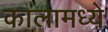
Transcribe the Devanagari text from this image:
कालामध्ये